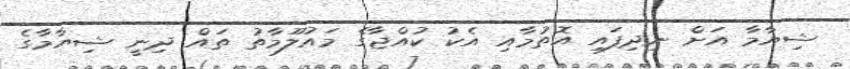
ޝިޔާމާ އަށް ނިދިފައި އޮތުމާއި އެކު ކުއްޖާގެ މައުލޫމާތު ތައް ދިނީ ޝިޔާމާގެ